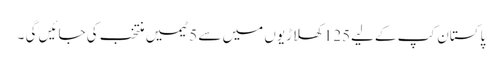
پاکستان کپ کےلیے125 کھلاڑیوں میں سے 5 ٹیمیں منتخب کی جائیں گی ۔